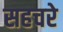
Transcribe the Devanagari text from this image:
सहचरे